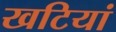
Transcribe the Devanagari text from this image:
खटियां